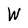
Character: W